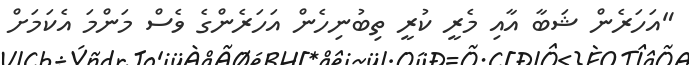
"އަހަރެން ޝަބާ އާއި މެރީ ކުރީ ތިބުނިހެން އަހަރެންގެ ވެސް މަންމަ އެކަމަށް